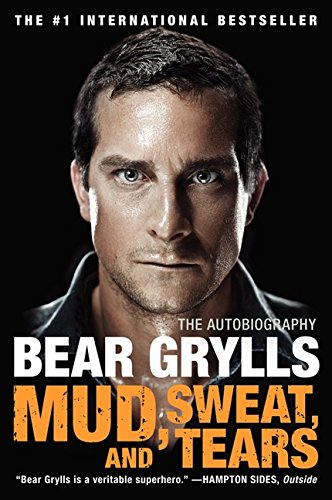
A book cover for Mud, Sweat, and Tears: The Autobiography; Bear Grylls; Biographies & Memoirs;